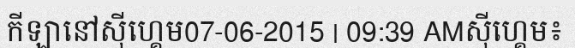
កីឡានៅស៊ីហ្គេម07-06-2015 | 09:39 AMស៊ីហ្គេម៖